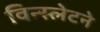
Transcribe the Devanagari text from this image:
विन्स्लेटने